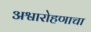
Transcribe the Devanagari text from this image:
अश्वारोहणाचा